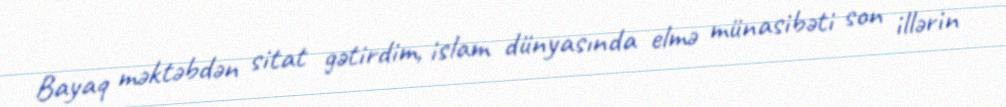
Bayaq məktəbdən sitat gətirdim, islam dünyasında elmə münasibəti son illərin